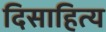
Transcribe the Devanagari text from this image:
दिसाहित्य